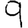
Digit: 9